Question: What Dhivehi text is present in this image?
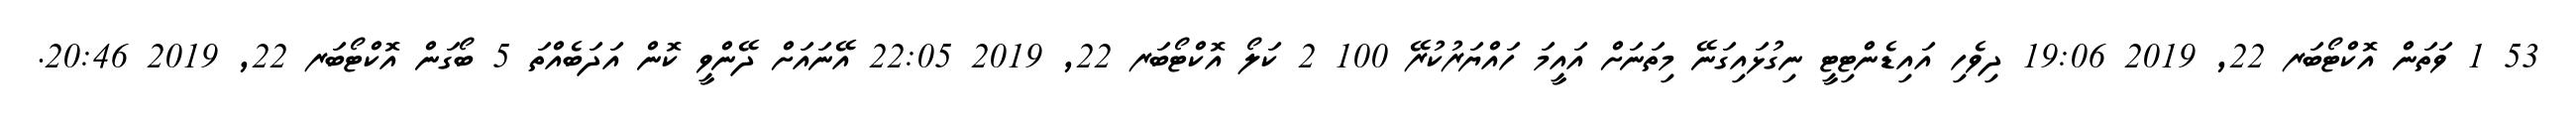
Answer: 53 1 ވަތަން އޮކްޓޯބަރ 22, 2019 19:06 ދިވެހި އައިޑެންޓިޓީ ނިގުޅައިގަނޭ މިތަނަށް އައީމަ ހައްޔަރުކުރޭ 100 2 ކަލޯ އޮކްޓޯބަރ 22, 2019 22:05 އޭނައަށް ދޭންވީ ކޮން އަދަބެއްތަ 5 ބޯގަން އޮކްޓޯބަރ 22, 2019 20:46.